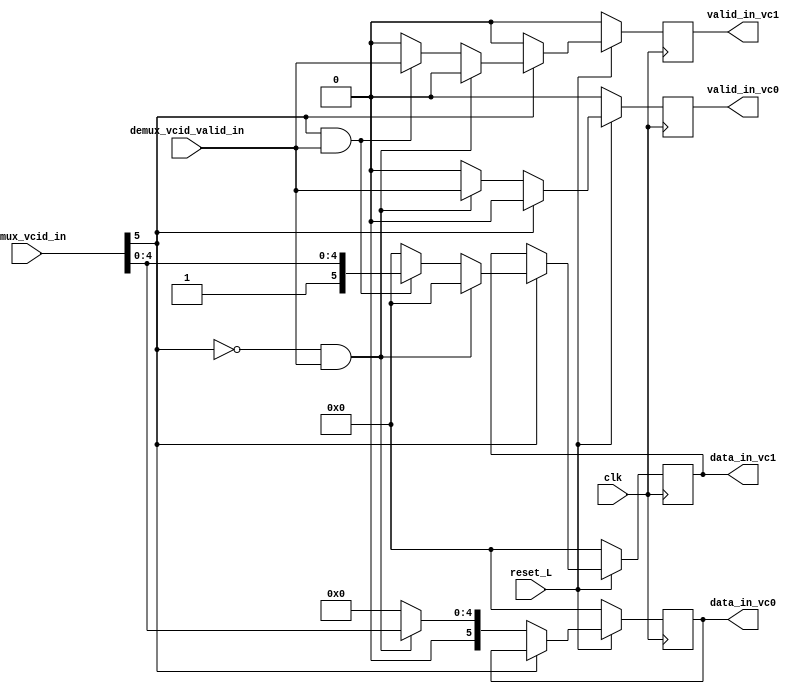
module demux_vc_id_cond #(  
                            parameter BW = 6
)

    (   input clk,
        input reset_L,
        output reg [BW-1:0] data_in_vc0,
        output reg valid_in_vc0,
        output reg[BW-1:0] data_in_vc1,
        output reg valid_in_vc1,
        input demux_vcid_valid_in,
        input [BW-1:0] demux_vcid_in
    );

                        
    reg [BW-1:0] data_recordar0;
    reg [BW-1:0] data_recordar1;
    reg valid_recordar0;
    reg valid_recordar1;

    wire selector;
    assign selector = demux_vcid_in[5];

    always @(*) begin   
        if (selector == 0 && demux_vcid_valid_in == 1) begin
            data_recordar0 = demux_vcid_in;
            data_recordar1 = 0;
            valid_recordar0 = demux_vcid_valid_in;
            valid_recordar1 = 0;


        end else if (selector == 1 && demux_vcid_valid_in == 1) begin
            data_recordar0 = 0;
            data_recordar1 = demux_vcid_in;
            valid_recordar0 = 0;
            valid_recordar1 = demux_vcid_valid_in;

        end else begin
            data_recordar0 = 0;
            data_recordar1 = 0;
            valid_recordar0 = 0;
            valid_recordar1 = 0;
        end
    end

    always @(posedge clk) begin
        if (reset_L == 1) begin
            if (selector == 0) begin
                data_in_vc0 <= data_recordar0;
                valid_in_vc0 <= valid_recordar0;
                valid_in_vc1 <= 0; //para evitar falsos pushes
            end else if (selector == 1) begin
                data_in_vc1 <= data_recordar1;
                valid_in_vc1 <= valid_recordar1;
                valid_in_vc0 <= 0; //para evitar falsos pushes
            end
        end else begin
            data_in_vc0 <= 0;
            data_in_vc1 <= 0;
            valid_in_vc0 <= 0;
            valid_in_vc1 <= 0;
        end
    end

endmodule